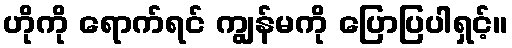
ဟိုကို ရောက်ရင် ကျွန်မကို ပြောပြပါရှင့်။